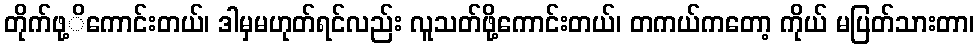
တိုက်ဖု့ိကောင်းတယ်၊ ဒါမှမဟုတ်ရင်လည်း လူသတ်ဖို့ကောင်းတယ်၊ တကယ်ကတော့ ကိုယ် မပြတ်သားတာ၊